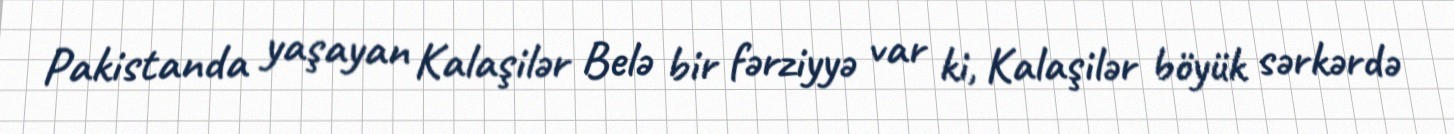
Pakistanda yaşayan Kalaşilər Belə bir fərziyyə var ki, Kalaşilər böyük sərkərdə